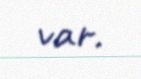
var.